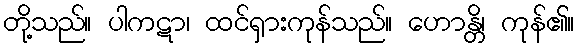
တို့သည်။ ပါကဋာ၊ ထင်ရှားကုန်သည်။ ဟောန္တိ၊ ကုန်၏။